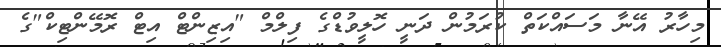
މިހާރު އޭނާ މަސައްކަތް ކުރަމުން ދަނީ ހޮލީވުޑްގެ ފިލްމް "އިޒިންޓް އިޓް ރޮމޭންޓިކް"ގެ